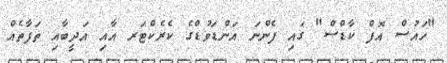
"ހައުސް އޮފް ކާޑްސް" ގައި ފެންނަ އަންޑަވުޑްގެ ކެރެކްޓަރ އާއި އަދީބާއި ތަފާތެއް